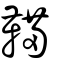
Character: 鞴